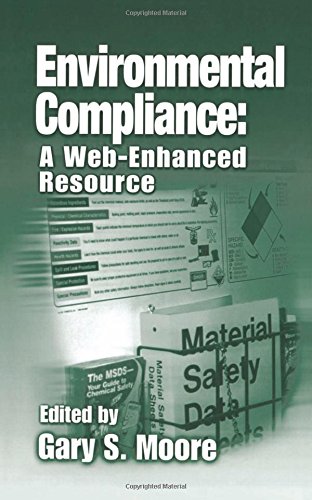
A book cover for Environmental Compliance: A Web-Enhanced Resource; Law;